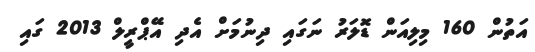
އަތުން 160 މިލިއަން ޑޮލަރު ނަގައި ދިނުމަށް އެދި އޭޕްރީލް 2013 ގައި